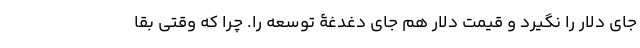
جای دلار را نگیرد و قیمت دلار هم جای دغدغۀ توسعه را. چرا که وقتی بقا